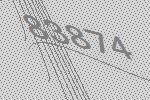
83874